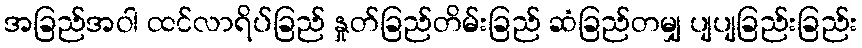
အခြည်အဝါ ထင်လာရိပ်ခြည် နှုတ်ခြည်တိမ်းခြည် ဆံခြည်တမျှ ပျပျခြည်းခြည်း